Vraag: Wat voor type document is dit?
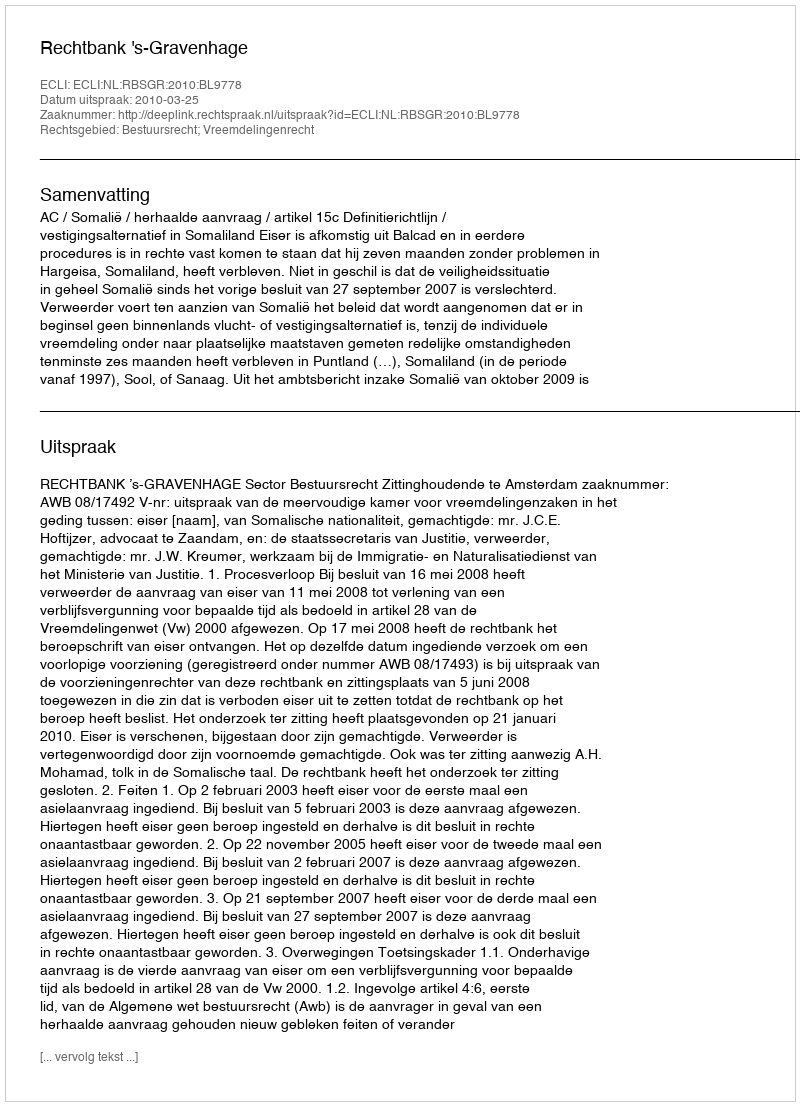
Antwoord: Uitspraak